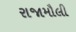
રાજામૌલી